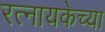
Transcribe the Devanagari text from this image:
रत्नायकेच्या